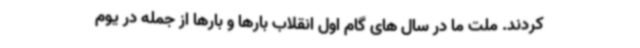
کردند. ملت ما در سال های گام اول انقلاب بارها و بارها از جمله در یوم